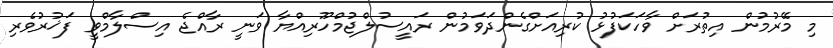
މި މޭރުމުން އިތުރަށް ވާހަކަފުޅު ކުރިއަށްގެންދަވަމުން ރައީސުލްޖުމްހޫރިއްޔާ ވަނީ ރާއްޖެ އިސްލާމްވީ ފަޚުރުވެރި